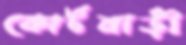
কোর্টবাড়ী